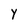
Character: Y